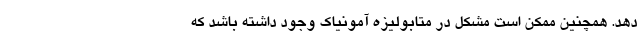
دهد. همچنین ممکن است مشکل در متابولیزه آمونیاک وجود داشته باشد که